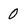
Character: 0